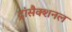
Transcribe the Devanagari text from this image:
ट्रांसैक्शनल